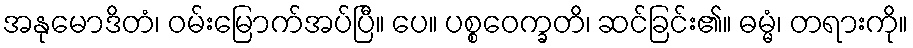
အနုမောဒိတံ၊ ဝမ်းမြောက်အပ်ပြီ။ ပေ။ ပစ္စဝေက္ခတိ၊ ဆင်ခြင်း၏။ ဓမ္မံ၊ တရားကို။